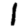
Digit: 1